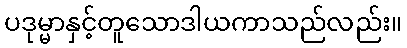
ပဒုမ္မာနှင့်တူသောဒါယကာသည်လည်း။